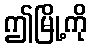
ဤမြို့ကို